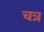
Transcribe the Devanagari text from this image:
चत्र